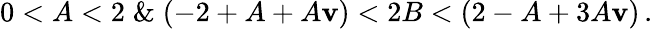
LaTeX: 0<A<2\; \& \; (-2+A+A\mathbf{v})<2B<(2-A+3A\mathbf{v})\, .